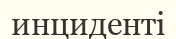
инциденті